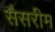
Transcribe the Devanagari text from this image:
सैसरीम